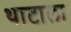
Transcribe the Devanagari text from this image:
थाटाला